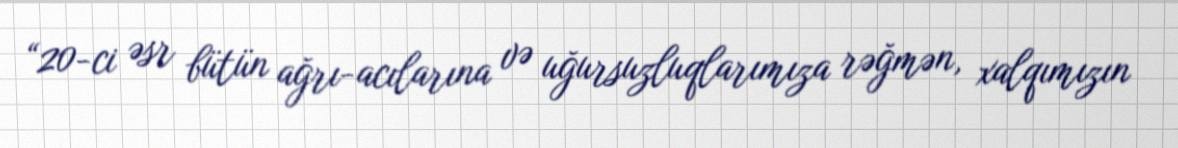
“20-ci əsr bütün ağrı-acılarına və uğursuzluqlarımıza rəğmən, xalqımızın